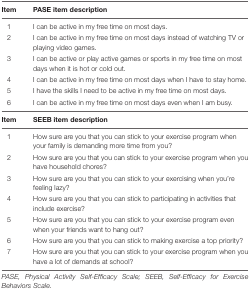
| Item | PASE item description |
 | --- | --- |
 | 1 | I can be active in my free time on most days. |
 | 2 | I can be active in my free time on most days instead of watching TV or playing video games. |
 | 3 | I can be active or play active games or sports in my free time on most days when it is hot or cold out. |
 | 4 | I can be active in my free time on most days when I have to stay home. |
 | 5 | I have the skills I need to be active in my free time on most days. |
 | 6 | I can be active in my free time on most days even when I am busy. |
 | Item | SEEB item description |
 | 1 | How sure are you that you can stick to your exercise program when your family is demanding more time from you? |
 | 2 | How sure are you that you can stick to your exercise program when you have household chores? |
 | 3 | How sure are you that you can stick to your exercising when you’re feeling lazy? |
 | 4 | How sure are you that you can stick to participating in activities that include exercise? |
 | 5 | How sure are you that you can stick to your exercise program even when your friends want to hang out? |
 | 6 | How sure are you that you can stick to making exercise a top priority? |
 | 7 | How sure are you that you can stick to your exercise program when you have a lot of demands at school? |